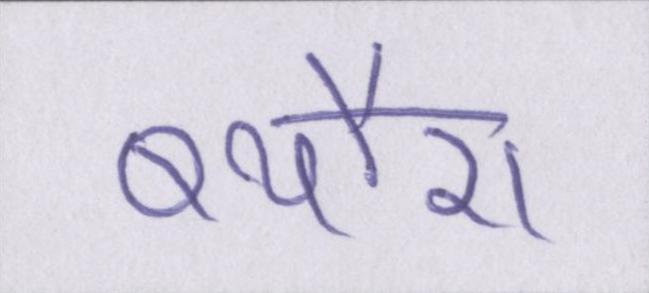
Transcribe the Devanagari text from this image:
ब्यौरा